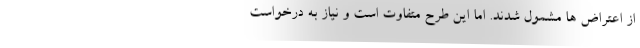
از اعتراض ها مشمول شدند. اما این طرح متفاوت است و نیاز به درخواست